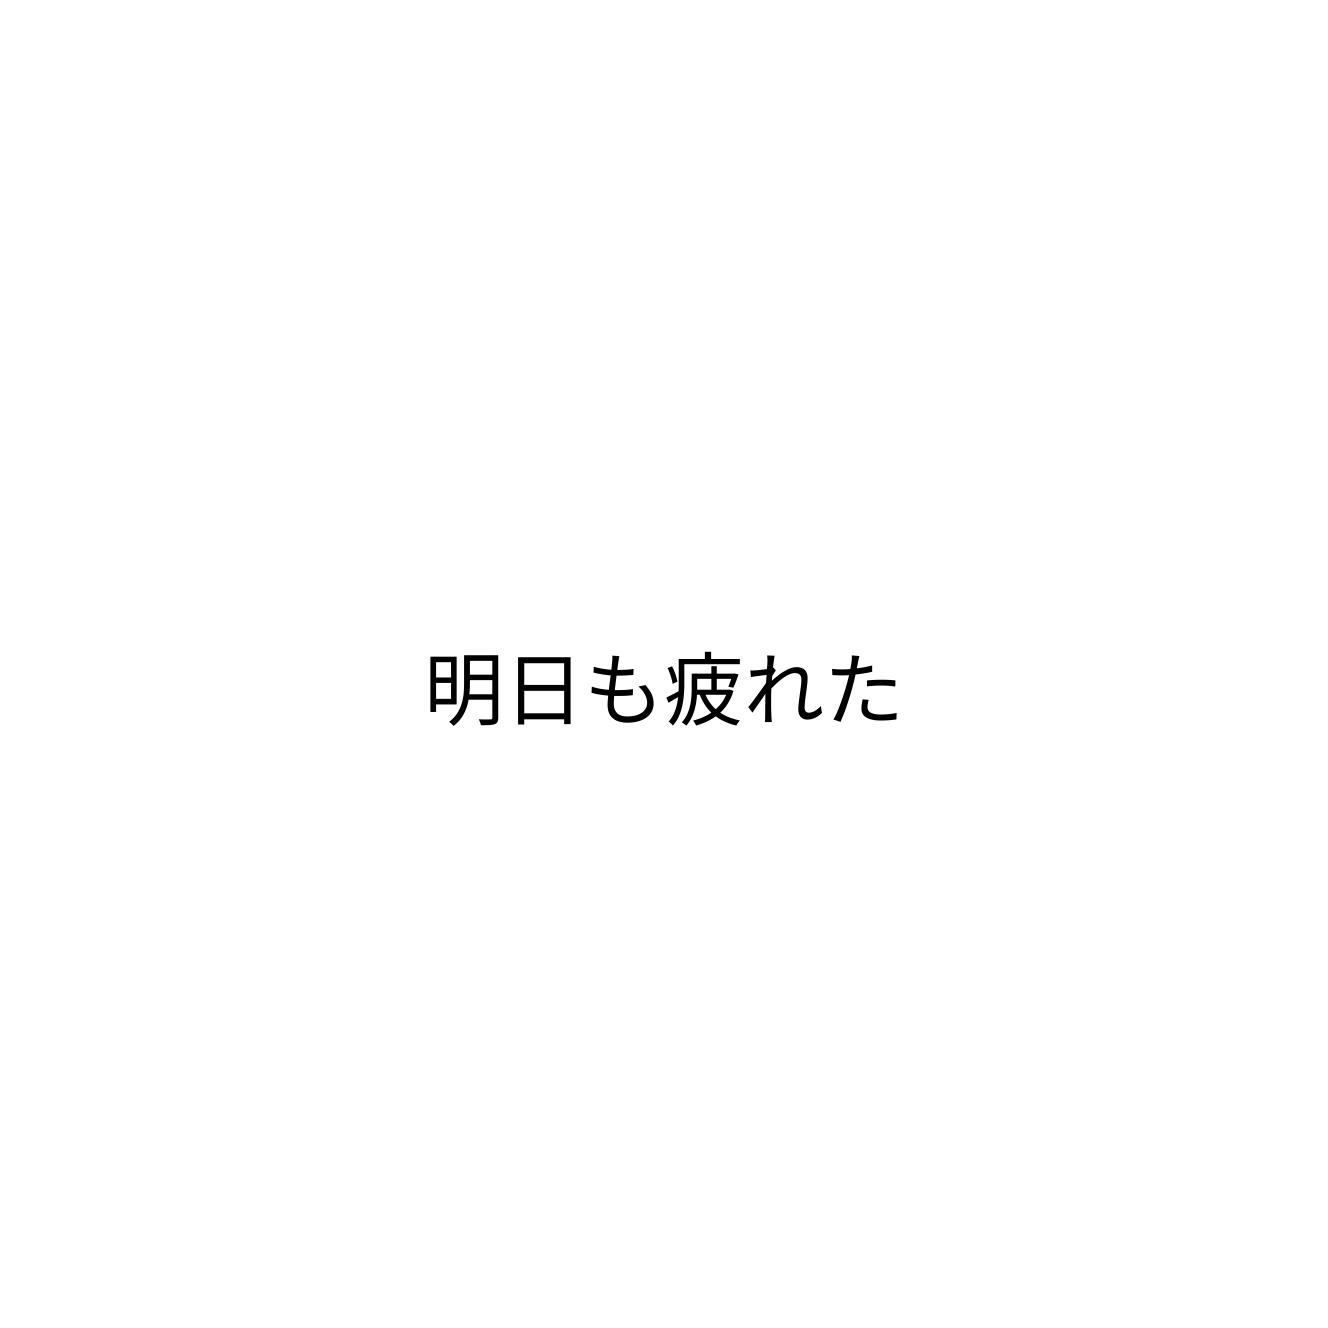
明日も疲れた